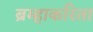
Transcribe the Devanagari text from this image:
ब्रम्हाकरिता